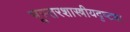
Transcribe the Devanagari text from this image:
भूस्तरशास्त्रीयदृष्ट्या